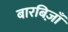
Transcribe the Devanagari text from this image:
बारबिज़ाँ